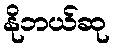
နိုဘယ်ဆု